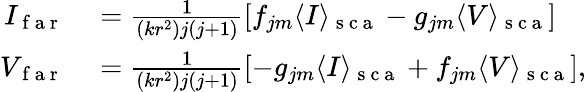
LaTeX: \begin{array}{rl}{I_{\mathrm{~f~a~r~}}}&{{}=\frac{1}{(kr^{2})j(j+1)}\left[f_{jm}\langle I\rangle_{\mathrm{~s~c~a~}}-g_{jm}\langle V\rangle_{\mathrm{~s~c~a~}}\right]}\\ {V_{\mathrm{~f~a~r~}}}&{{}=\frac{1}{(kr^{2})j(j+1)}\left[-g_{jm}\langle I\rangle_{\mathrm{~s~c~a~}}+f_{jm}\langle V\rangle_{\mathrm{~s~c~a~}}\right],}\end{array}